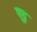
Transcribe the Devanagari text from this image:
पूदृ